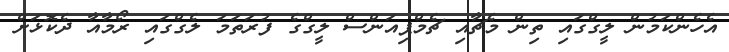
އެހެންކަމުން ލީގްގައި ތިން މެޗާއި ޗެމްޕިއަންސް ލީގްގެ ފުރަތަމަ ލެގްގައި ރޯމާއާ ދެކޮޅަށް